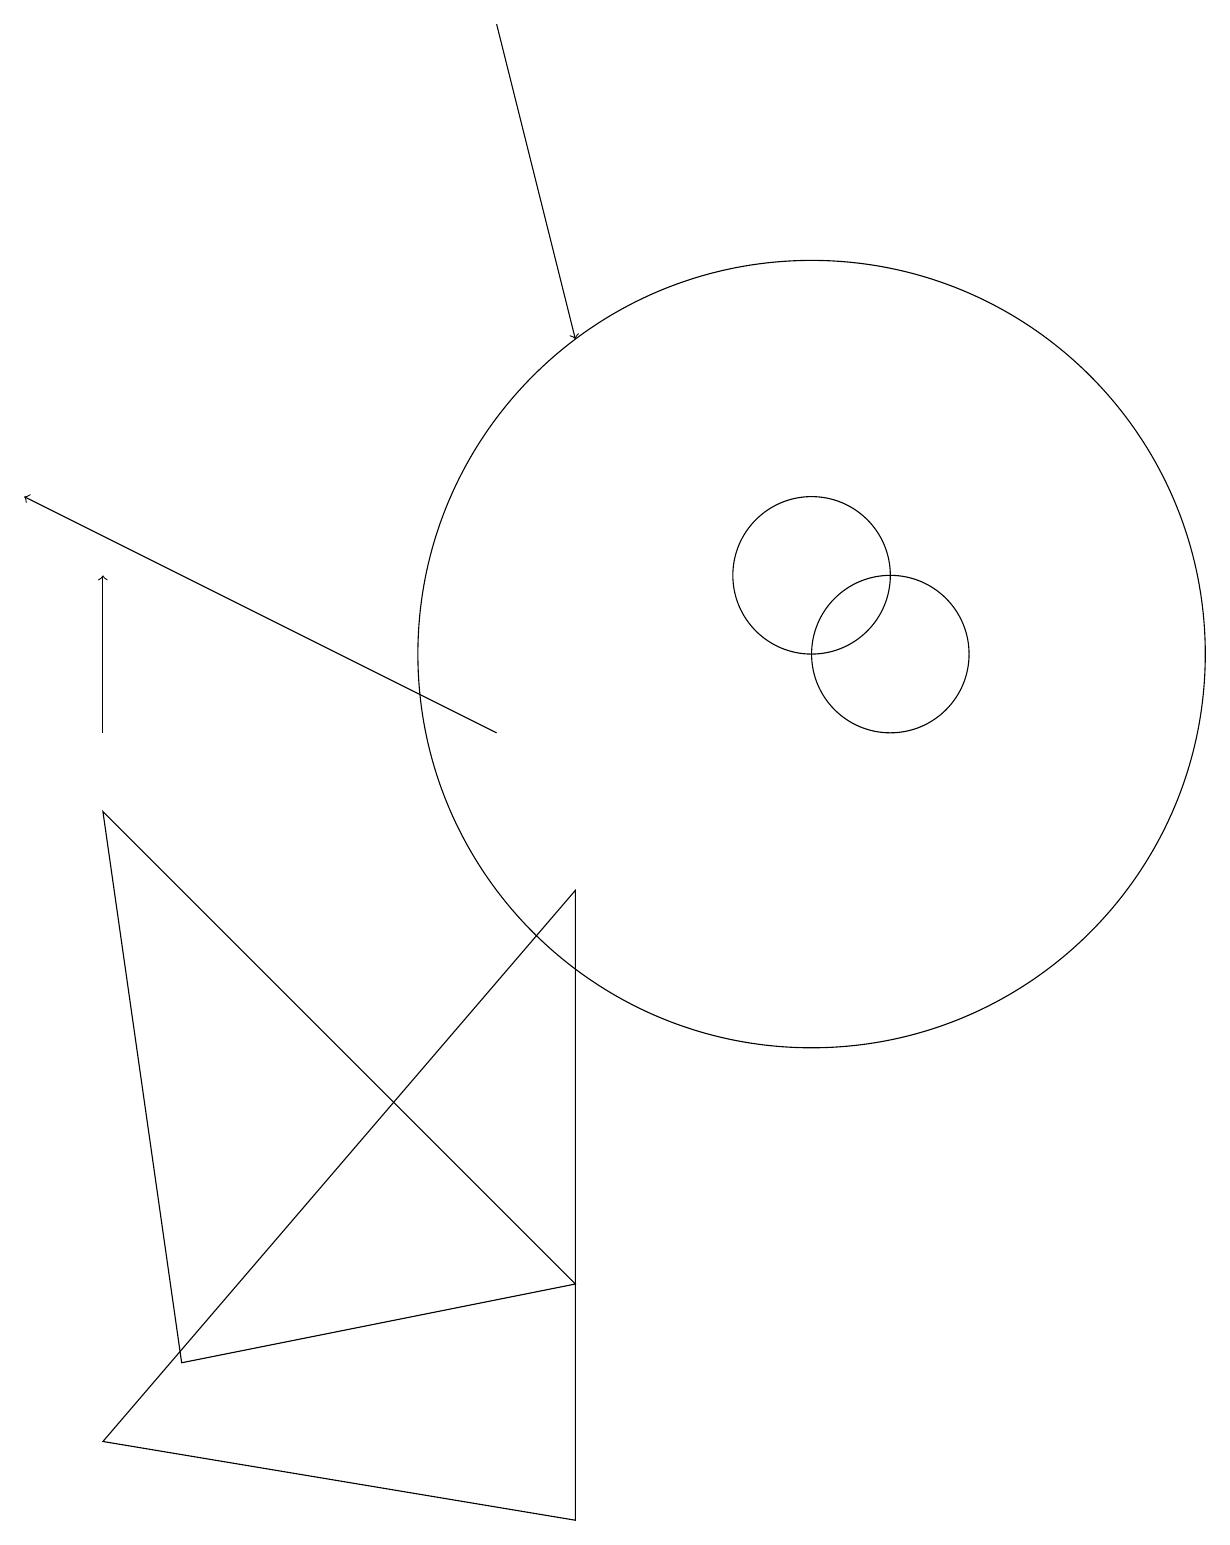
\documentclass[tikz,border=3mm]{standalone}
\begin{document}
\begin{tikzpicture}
\draw (7,8) -- (1,1) -- (7,0) -- cycle;
\draw[->] (6,19) -- (7,15);
\draw (11,11) circle (1);
\draw (10,11) circle (5);
\draw (10,12) circle (1);
\draw (7,3) -- (1,9) -- (2,2) -- cycle;
\draw[->] (6,10) -- (0,13);
\draw[->] (1,10) -- (1,12);
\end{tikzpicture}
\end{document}